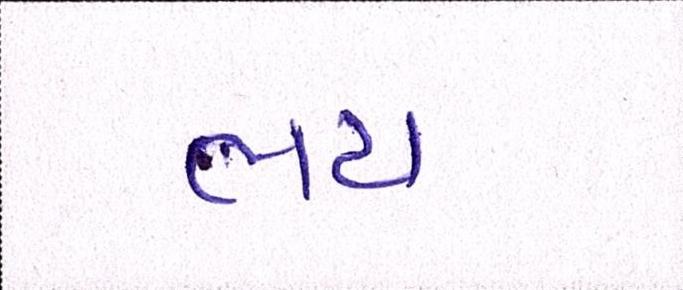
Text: ભય